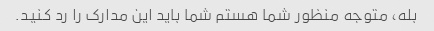
بله، متوجه منظور شما هستم شما باید این مدارک را رد کنید.